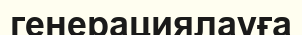
генерациялауға